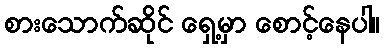
စားသောက်ဆိုင် ရှေ့မှာ စောင့်နေပါ။